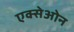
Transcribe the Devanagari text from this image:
एक्सेओन